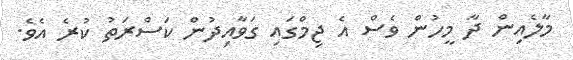
މާލެއިން ދާ މީހުން ވެސް އެ ޖިމްގައި ގަވާއިދުން ކަސްރަތު ކުރެ އެވެ.